Medical and sanitary report of the native army of Madras for the year
Year: 1875
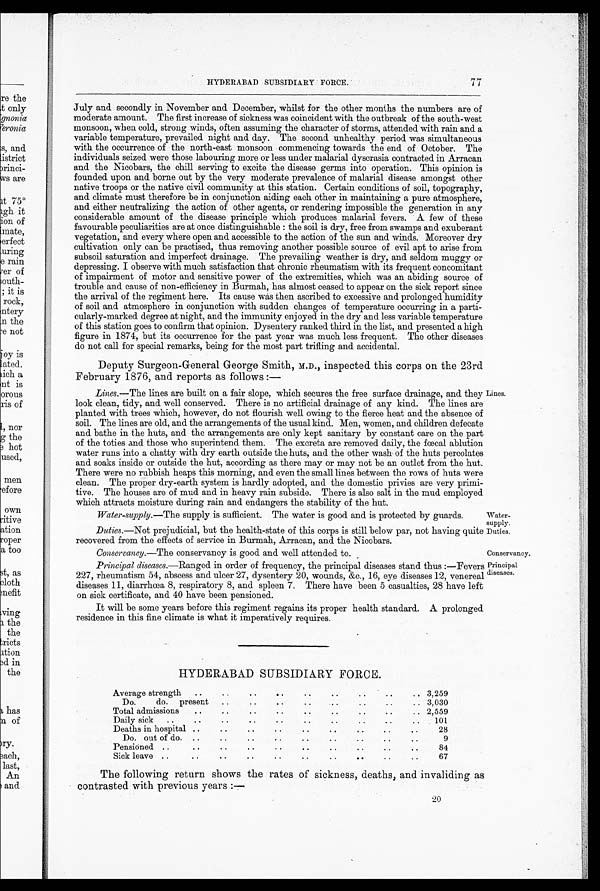
Water-
supply.
Duties.
Conservancy.
Principal
diseases.
77
HYDERABAD SUBSIDIARY FORCE.
July and secondly in November and December, whilst for the other months the numbers are of
moderate amount. The first increase of sickness was coincident with the outbreak of the south-west
monsoon, when cold, strong winds, often assuming the character of storms, attended with rain and a
variable temperature, prevailed night and day. The second unhealthy period was simultaneous
with the occurrence of the north-east monsoon commencing towards the end of October. The
individuals seized were those labouring more or less under malarial dyscrasia contracted in Arracan
and the Nicobars, the chill serving to excite the disease germs into operation. This opinion is
founded upon and borne out by the very moderate prevalence of malarial disease amongst other
native troops or the native civil community at this station. Certain conditions of soil, topography,
and climate must therefore be in conjunction aiding each other in maintaining a pure atmosphere,
and either neutralizing the action of other agents, or rendering impossible the generation in any
considerable amount of the disease principle which produces malarial fevers. A few of these
favourable peculiarities are at once distinguishable: the soil is dry, free from swamps and exuberant
vegetation, and every where open and accessible to the action of the sun and winds. Moreover dry
cultivation only can be practised, thus removing another possible source of evil apt to arise from
subsoil saturation and imperfect drainages. The prevailing weather is dry, and seldom muggy or
depressing. I observe with much satisfaction that chronic rheumatism with its frequent concomitant
of impairment of motor and sensitive power of the extremities, which was an abiding source of
trouble and cause of non-efficiency in Burmah, has almost ceased to appear on the sick report since
the arrival of the regiment here. Its cause was then ascribed to excessive and prolonged humidity
of soil and atmosphere in conjunction with sudden changes of temperature occurring in a parti
-cularly-marked degree at night, and the immunity enjoyed in the dry and less variable temperature
of this station goes to confirm that opinion. Dysentery ranked third in the list, and presented a high
figure in 1874, but its occurrence for the past year was much less frequent. The other diseases
do not call for special remarks, being for the most part trifling and accidental.
Deputy Surgeon-General George Smith, M.D., inspected this corps on the 23rd
February 1876, and reports as follows
:
—
Lines.—The lines are built on a fair slope, which secures the free surface drainage, and they
look clean, tidy, and well conserved. There is no artificial drainage of any kind. The lines are
planted with trees which, however, do not flourish well owing to the fierce heat and the absence of
soil. The lines are old, and the arrangements of the usual kind. Men, women, and children defecate
and bathe in the huts, and the arrangements are only kept sanitary by constant care on the part
of the toties and those who superintend them. The excreta are removed daily, the fœcal ablution
water runs into a chatty with dry earth outside the huts, and the other wash of the huts percolates
and soaks inside or outside the hut, according as there may or may not be an outlet from the hut.
There were no rubbish heaps this morning, and even the small lines between the rows of huts were
clean. The proper dry-earth system is hardly adopted, and the domestic privies are very primi
-tive. The houses are of mud and in heavy rain subside. There is also salt in the mud employed
which attracts moisture during rain and endangers the stability of the hut.
Water-supply.—The supply is sufficient. The water is good and is protected by guards.
Duties.—Not prejudicial, but the health-state of this corps is still below par, not having quite
recovered from the effects of service in Burmah, Arracan, and the Nicobars.
Conservancy. —The conservancy is good and well attended to.
Principal diseases .—Ranged in order of frequency, the principal diseases stand thus:—Fevers
227, rheumatism 54, abscess and ulcer 27, dysentery 20, wounds, &c., 16, eye diseases 12, venereal
diseases 11, diarrhœa 8, respiratory 8, and spleen 7. There have been 5 casualties, 28 have left
on sick certificate, and 40 have been pensioned.
It will be some years before this regiment regains its proper health standard. A prolonged
residence in this fine climate is what it imperatively requires.
HYDERABAD SUBSIDIARY FORCE.
Average strength
3,259
Do. do. present
3,030
Total admissions
2,559
Daily sick
101
Deaths in hospital
28
Do. out of do.
9
Pensioned
84
Sick leave
67
The following return shows the rates of sickness, deaths, and invaliding as
contrasted with previous years
:
—
Lines.